Civil Veterinary Department. Central Provinces & Berar 1932-41 - 1932-1941
Year: 1932
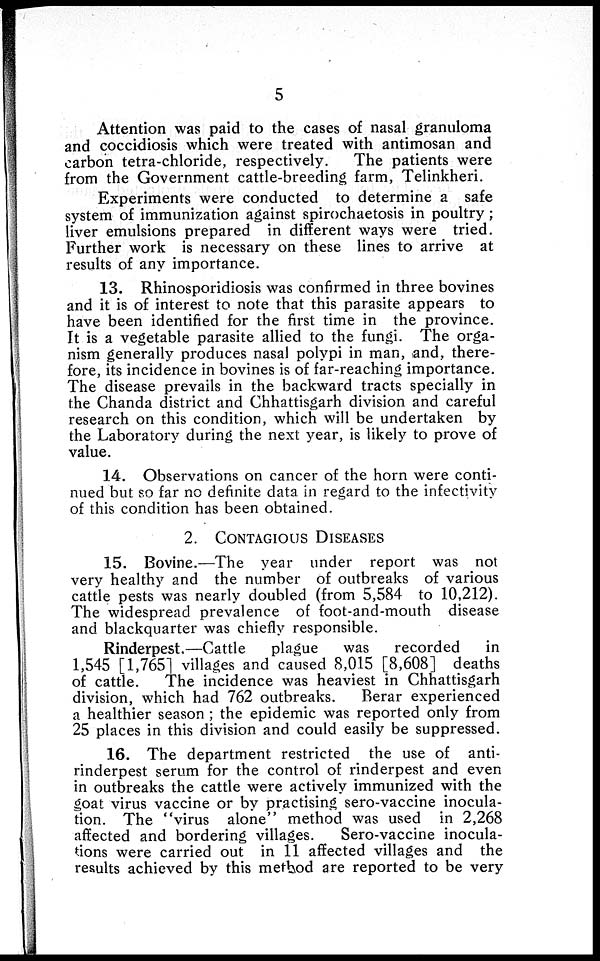
5
Attention was paid to the cases of nasal granuloma
and coccidiosis which were treated with antimosan and
carbon tetra-chloride, respectively.
The patients were
from the Government cattle-breeding farm, Telinkheri.
Experiments were conducted to determine a safe
system of immunization against spirochetosis in poultry ;
liver emulsions prepared in different ways were tried.
Further work is necessary on these lines to arrive at
results of any importance.
13. Rhinosporidiosis was confirmed in three bovines
and it is of interest to note that this parasite appears to
have been identified for the first time in the province.
It is a vegetable parasite allied to the fungi. The orga-
nism generally produces nasal polypi in man, and, there-
fore, its incidence in bovines is of far-reaching importance.
The disease prevails in the backward tracts specially in
the Chanda district and Chhattisgarh division and careful
research on this condition, which will be undertaken by
the Laboratory during the next year, is likely to prove of
value.
14. Observations on cancer of the horn were conti-
nued but so far no definite data in regard to the infectivity
of this condition has been obtained.
2. CONTAGIOUS DESEASES.
15. Bovine.—The year under report was not
very healthy and the number of outbreaks of various
cattle pests was nearly doubled (from 5,584 to 10,212).
The widespread prevalence of foot-and-mouth disease
and blackquarter was chiefly responsible.
Rinderpest.—Cattle
plague
was
recorded
in
1,545 [1,765] villages and caused 8,015 [8,608] deaths
of cattle.
The incidence was heaviest in Chhattisgarh
division, which had 762 outbreaks. Berar experienced
a healthier season ; the epidemic was reported only from
25 places in this division and could easily be suppressed.
16. The department restricted the use of anti-
rinderpest serum for the control of rinderpest and even
in outbreaks the cattle were actively immunized with the
goat virus vaccine or by practising sero-vaccine inocula-
tion. The "virus alone" method was used in 2,268
affected and bordering villages.
Sero-vaccine inocula-
tions were carried out in 11 affected villages and the
results achieved by this method are reported to be very